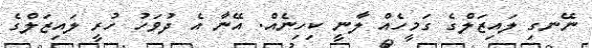
ނޭނގި ލައިޒަލްގެ ގަމީހެއް ލާނީ ކިހިނެއް. އޭނާ އެ ދުވަހު ހުރީ ލައިޒަލްގެ